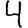
Digit: 4